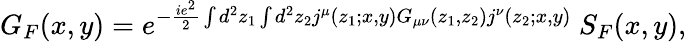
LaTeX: G_{F}(x,y)=e^{-{\frac{ie^{2}}{2}}\int d^{2}z_{1}\int d^{2}z_{2}j^{\mu}(z_{1};x,y)G_{\mu\nu}(z_{1},z_{2})j^{\nu}(z_{2};x,y)}~S_{F}(x,y),